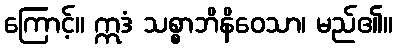
ကြောင့်။ ဣဒံ သစ္စာဘိနိဝေသာ၊ မည်၏။